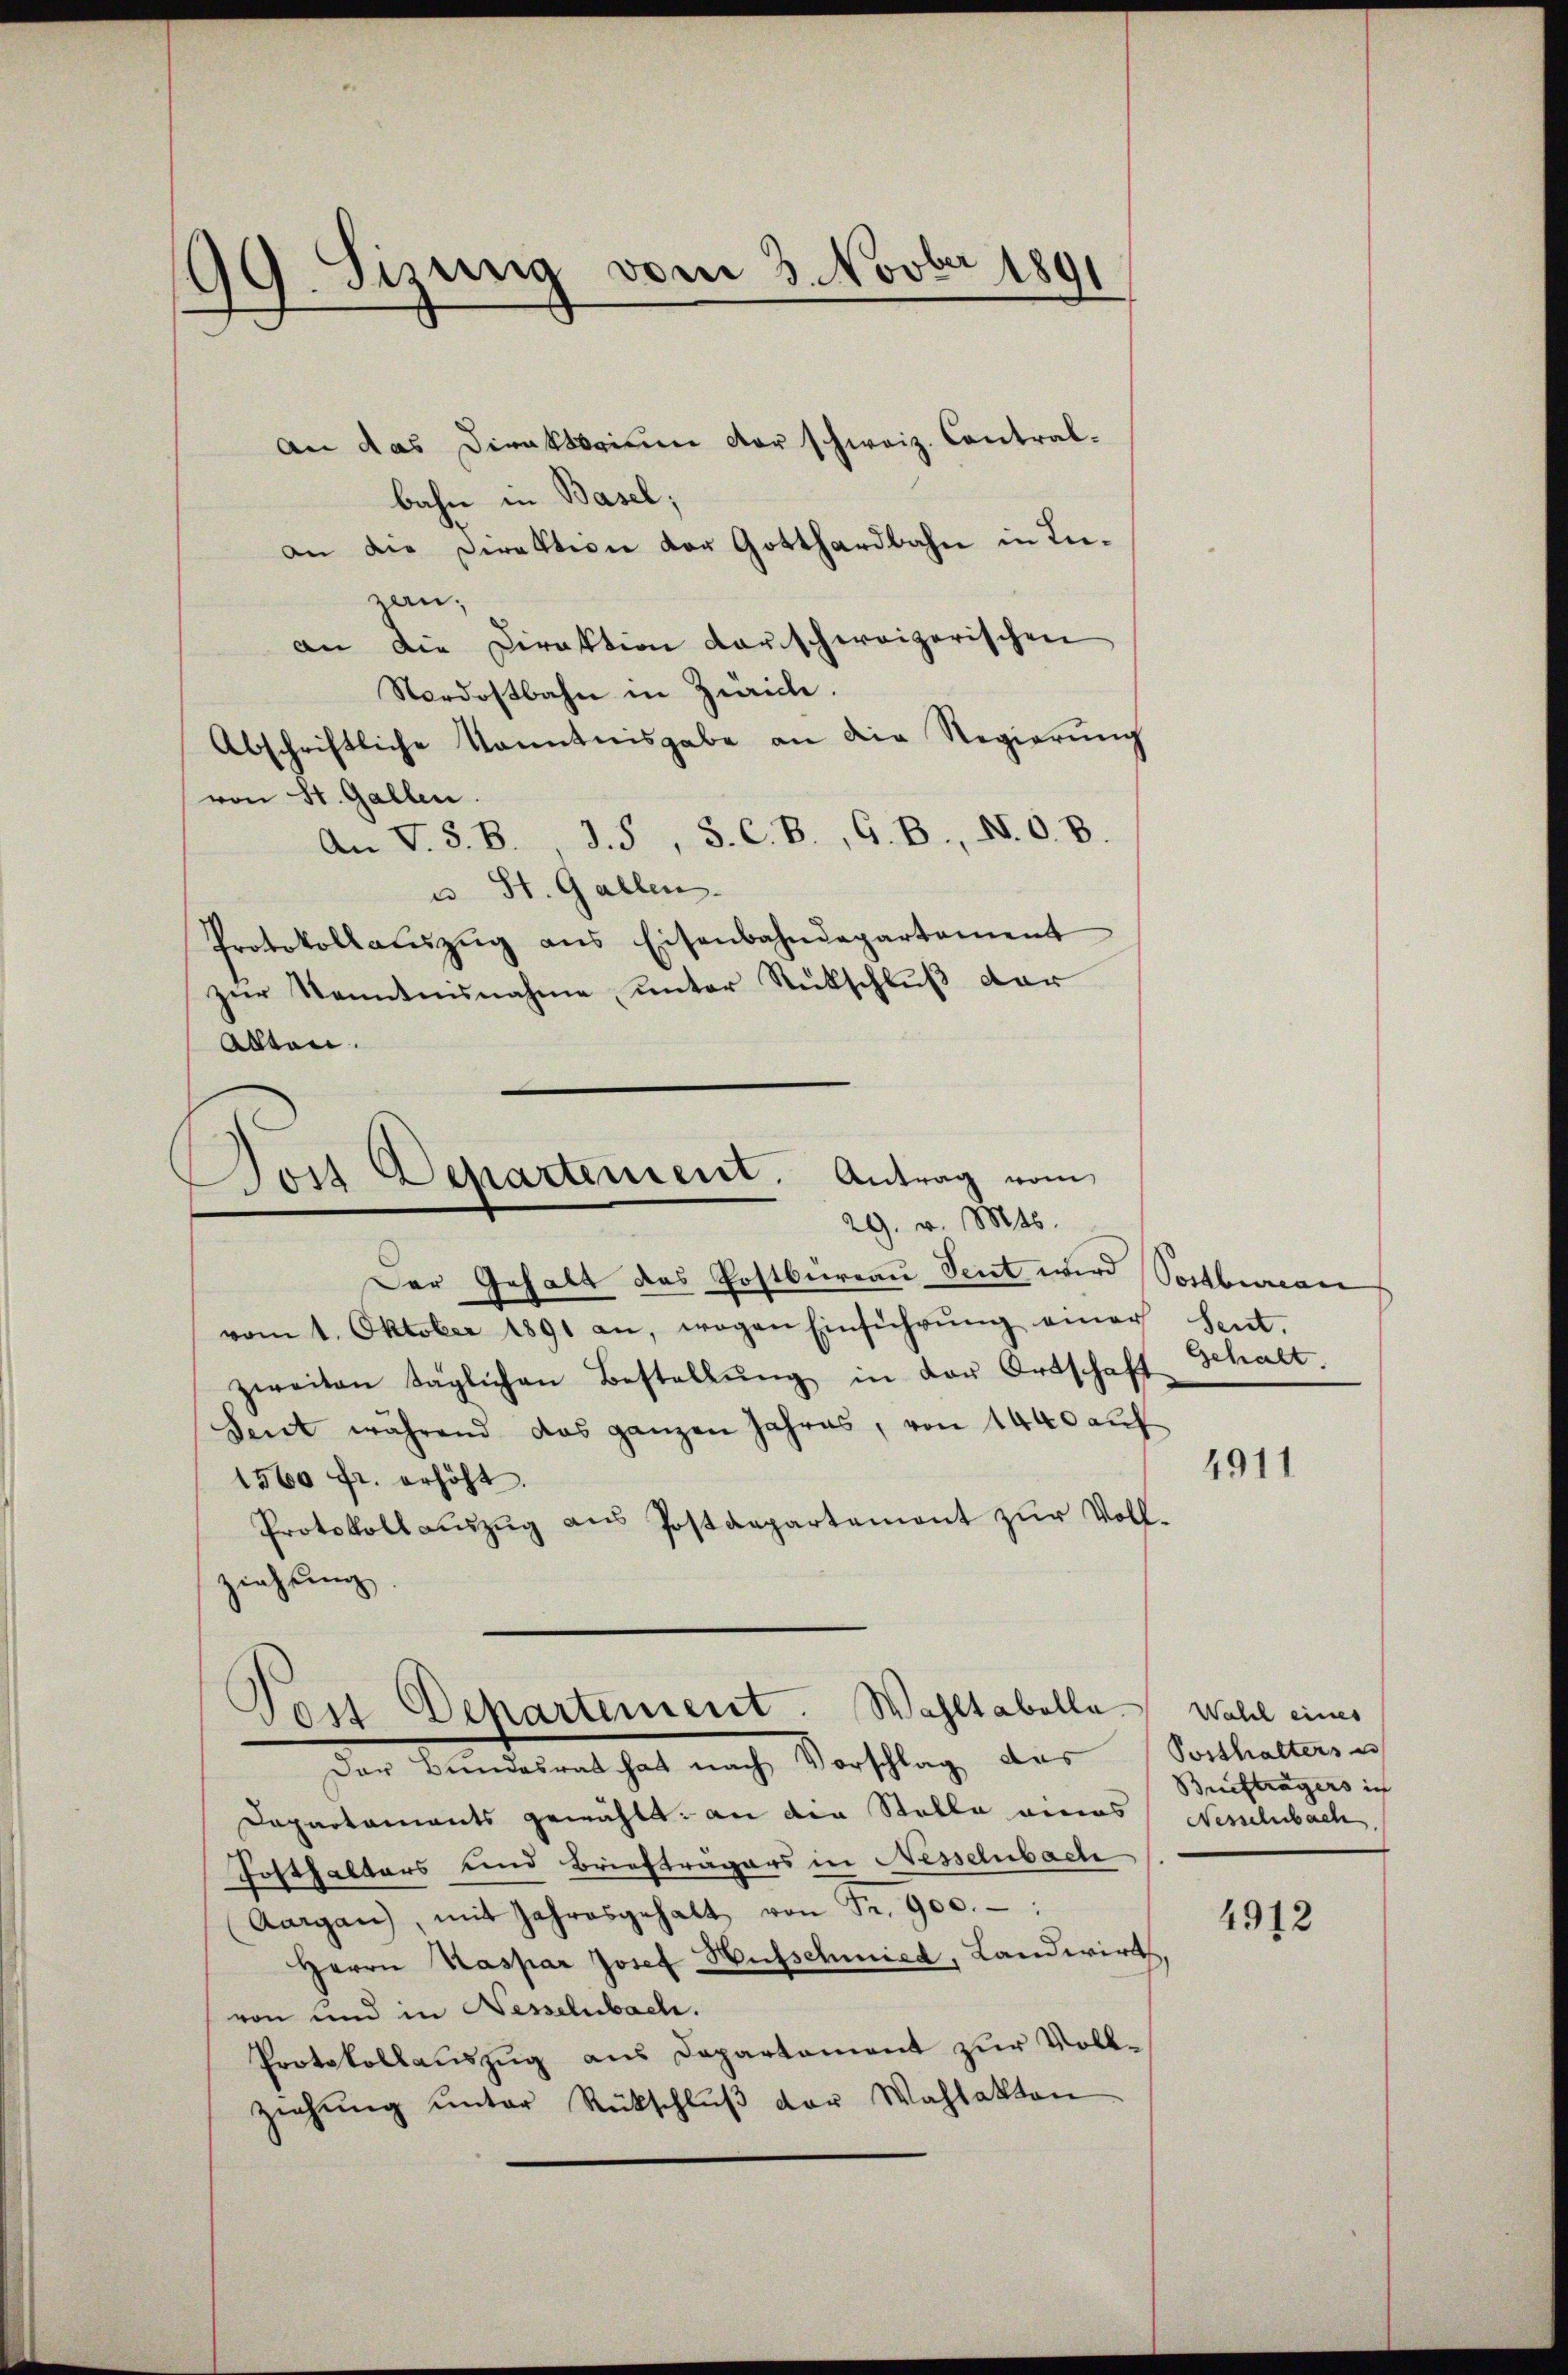
99. Sizung vom 3. Novber 1891

an das Direktorium der schweiz. Contralbahn in Basel;
an die Direktion der Gotthardbahn in Inzau,
an die Direktion darschweizerischen
Nordostbahn in Zürich.
Abschriftliche kanntnisgabe an die Regierŭng
von St. Gallen.
An V. S. Bd. 5, S. C. B., G. B., N. O. B.
u St. Gallen.
Protokoll aŭszŭg ans Eisenbahndepartement
zur Kenntnisnahme unter Rückschluß der
Alten.

Bois Departement. Antrag vom
29. v. Mts.

Der Gehalt das Postbureau Seit wird Vorbergan
vom 1. Oktober 1891 an, wegen Einführung einer Seut-
zweiten täglichen Bestellŭng in der Ortschaft Schalt.
Seit während das ganzen Jahres, von 1440 auf
1560 fr. erhöht.
Protokoll aŭszŭg aŭs Postdepartement zŭr Voll-
ziehung
Der Bundesrat hat nach Vorschlag des Posthaltersu
Dapartaments gewählt. an der Stalle eines Nesselbach,
Fosthalters und Briefträgers in Nesselnbach
Aargau, mit Jahresgehalt von Fr. 900.
Herrn Kaspar Josef Hufschmied, Landwirth,
von und in Nesselnbach.
Protokollauszug aus Departement zur Vollziehŭng ŭnter Rückschlŭβ der Wahlakten

Post Departement. Wahltabella. Wahl eines

4911

Briefträgers ich

4912